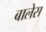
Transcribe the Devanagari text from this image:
बालेस